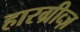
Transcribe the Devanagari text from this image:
हारग्रीव्ज़